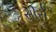
સીરો